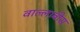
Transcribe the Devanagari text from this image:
वाल्लाबीस